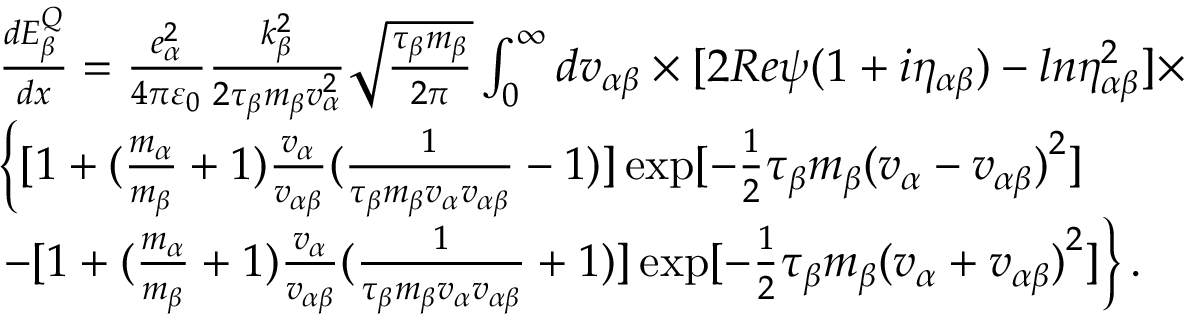
\begin{array} { r l } & { \frac { d E _ { \beta } ^ { Q } } { d x } = \frac { e _ { \alpha } ^ { 2 } } { 4 \pi { { \varepsilon } _ { 0 } } } \frac { k _ { \beta } ^ { 2 } } { 2 { { \tau } _ { \beta } } { { m } _ { \beta } } v _ { \alpha } ^ { 2 } } \sqrt { \frac { { { \tau } _ { \beta } } { { m } _ { \beta } } } { 2 \pi } } \int _ { 0 } ^ { \infty } { d { { v } _ { \alpha \beta } } } \times [ 2 R e \psi ( 1 + i { { \eta } _ { \alpha \beta } } ) - l n \eta _ { \alpha \beta } ^ { 2 } ] \times } \\ & { \left\{ [ 1 + ( \frac { { { m } _ { \alpha } } } { { { m } _ { \beta } } } + 1 ) \frac { { { v } _ { \alpha } } } { { { v } _ { \alpha \beta } } } ( \frac { 1 } { { { \tau } _ { \beta } } { { m } _ { \beta } } { { v } _ { \alpha } } { { v } _ { \alpha \beta } } } - 1 ) ] \exp [ - \frac { 1 } { 2 } { { \tau } _ { \beta } } { { m } _ { \beta } } { { ( { { v } _ { \alpha } } - { { v } _ { \alpha \beta } } ) } ^ { 2 } } ] \right. } \\ & { \left. - [ 1 + ( \frac { { { m } _ { \alpha } } } { { { m } _ { \beta } } } + 1 ) \frac { { { v } _ { \alpha } } } { { { v } _ { \alpha \beta } } } ( \frac { 1 } { { { \tau } _ { \beta } } { { m } _ { \beta } } { { v } _ { \alpha } } { { v } _ { \alpha \beta } } } + 1 ) ] \exp [ - \frac { 1 } { 2 } { { \tau } _ { \beta } } { { m } _ { \beta } } { { ( { { v } _ { \alpha } } + { { v } _ { \alpha \beta } } ) } ^ { 2 } } ] \right\} . } \end{array}